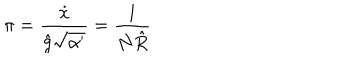
\pi = \frac { \dot { x } } { \hat { g } \sqrt { \alpha ^ { \prime } } } = \frac { 1 } { N \hat { R } }